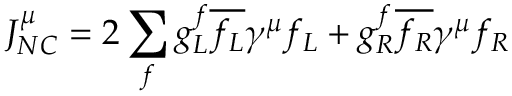
J _ { N C } ^ { \mu } = 2 \sum _ { f } g _ { L } ^ { f } \overline { { f _ { L } } } \gamma ^ { \mu } f _ { L } + g _ { R } ^ { f } \overline { { f _ { R } } } \gamma ^ { \mu } f _ { R }